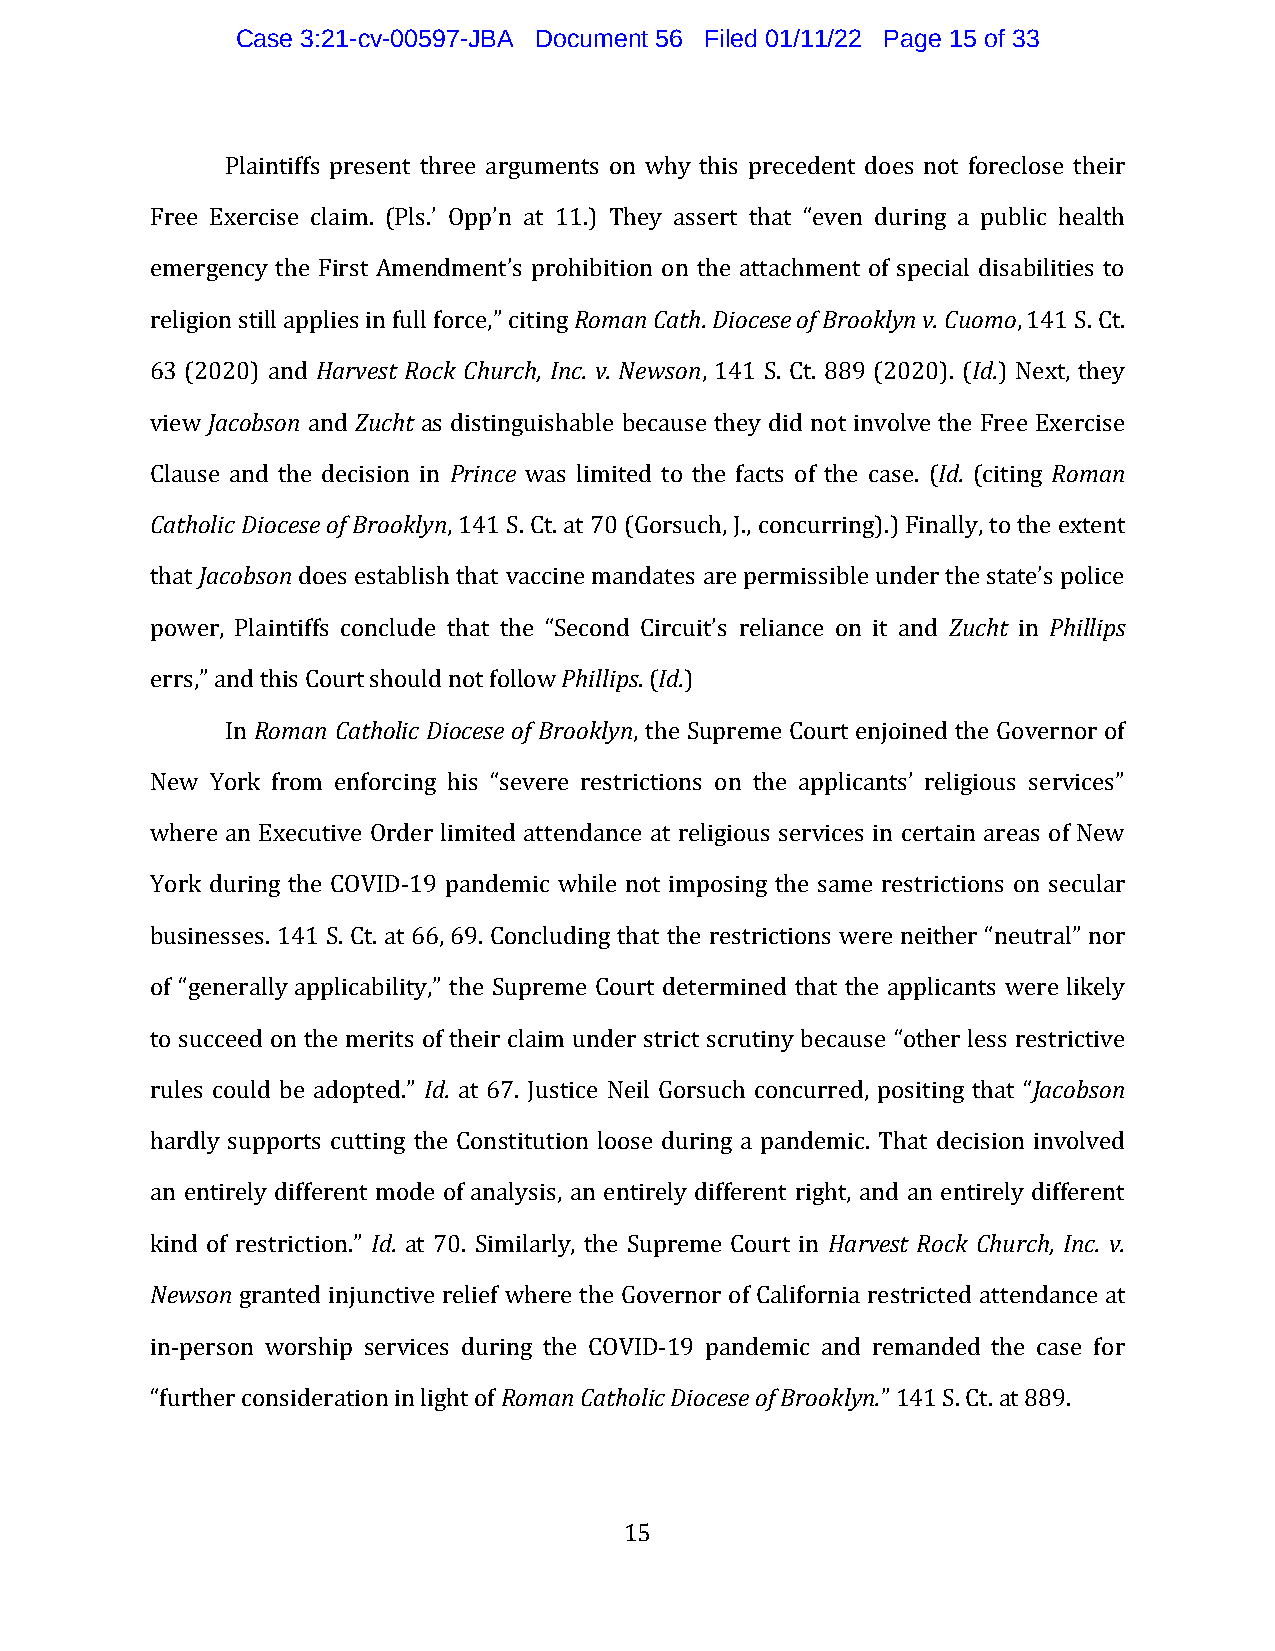
Case 3:21-cv-00597-JBA Document 56 Filed 01/11/22 Page 15 of 33
 Plaintiffs present three arguments on why this precedent does not foreclose their
 Free Exercise claim. (Pls.’ Opp’n at 11.) They assert that “even during a public health
 emergency the First Amendment’s prohibition on the attachment of special disabilities to
 religion still applies in full force,” citing Roman Cath. Diocese of Brooklyn v. Cuomo, 141 S. Ct.
 63 (2020) and Harvest Rock Church, Inc. v. Newson, 141 S. Ct. 889 (2020). (Id.) Next, they
 view Jacobson and Zucht as distinguishable because they did not involve the Free Exercise
 Clause and the decision in Prince was limited to the facts of the case. (Id. (citing Roman
 Catholic Diocese of Brooklyn, 141 S. Ct. at 70 (Gorsuch, J., concurring).) Finally, to the extent
 that Jacobson does establish that vaccine mandates are permissible under the state’s police
 power, Plaintiffs conclude that the “Second Circuit’s reliance on it and Zucht in Phillips
 errs,” and this Court should not follow Phillips. (Id.)
 In Roman Catholic Diocese of Brooklyn, the Supreme Court enjoined the Governor of
 New York from enforcing his “severe restrictions on the applicants’ religious services”
 where an Executive Order limited attendance at religious services in certain areas of New
 York during the COVID-19 pandemic while not imposing the same restrictions on secular
 businesses. 141 S. Ct. at 66, 69. Concluding that the restrictions were neither “neutral” nor
 of “generally applicability,” the Supreme Court determined that the applicants were likely
 to succeed on the merits of their claim under strict scrutiny because “other less restrictive
 rules could be adopted.” Id. at 67. Justice Neil Gorsuch concurred, positing that “Jacobson
 hardly supports cutting the Constitution loose during a pandemic. That decision involved
 an entirely different mode of analysis, an entirely different right, and an entirely different
 kind of restriction.” Id. at 70. Similarly, the Supreme Court in Harvest Rock Church, Inc. v.
 Newson granted injunctive relief where the Governor of California restricted attendance at
 in-person worship services during the COVID-19 pandemic and remanded the case for
 “further consideration in light of Roman Catholic Diocese of Brooklyn.” 141 S. Ct. at 889.
 15